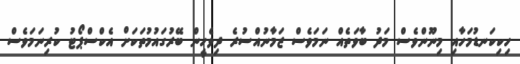
ހިކިކަނޑުމަހާއި މިނޫންވެސް މަދު ބާވަތެއް ނަމަވެސް ޒަމާނުއްސުރެ ދިވެހީން ބޭރުގައުމުތަކަށް އެކްސްޕޯޓު ކުރިނަމަވެސް